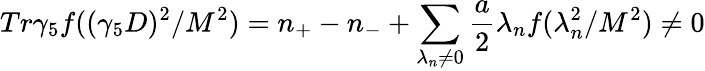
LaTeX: Tr\gamma_{5}f((\gamma_{5}D)^{2}/M^{2})=n_{+}-n_{-}+\sum_{\lambda_{n}\neq 0}\frac{a}{2}\lambda_{n}f(\lambda_{n}^{2}/M^{2})\neq 0